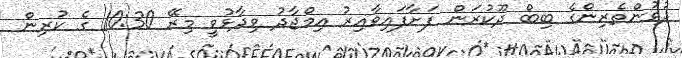
ދުވުންތެރިންގެ ބިބް ދޫކުރަން ފަށާފައިވާއިރު އިމްޖާދު ވިދާޅުވީ މިރޭ 10:30 ގެ ކުރިން